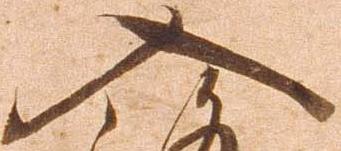
入